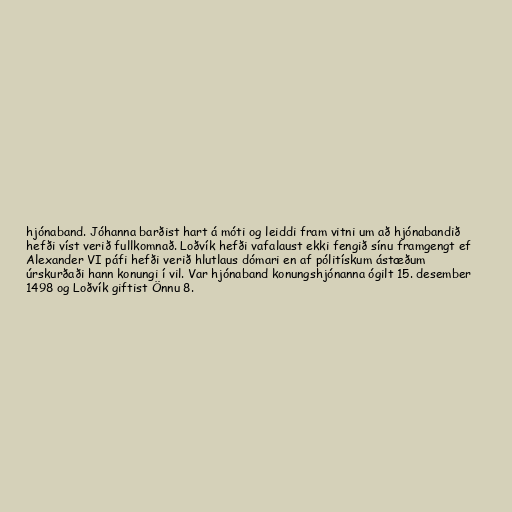
hjónaband. Jóhanna barðist hart á móti og leiddi fram vitni um að hjónabandið
hefði víst verið fullkomnað. Loðvík hefði vafalaust ekki fengið sínu framgengt ef
Alexander VI páfi hefði verið hlutlaus dómari en af pólitískum ástæðum
úrskurðaði hann konungi í vil. Var hjónaband konungshjónanna ógilt 15. desember
1498 og Loðvík giftist Önnu 8.